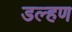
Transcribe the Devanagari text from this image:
डल्हण